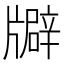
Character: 𤗺